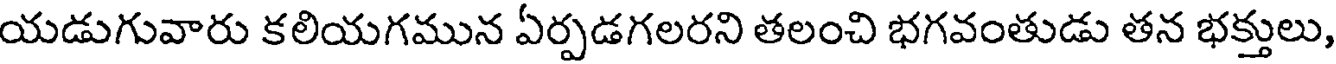
యడుగువారు కలియగమున ఏర్పడగలరని తలంచి భగవంతుడు తన భక్తులు,